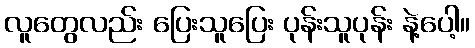
လူတွေလည်း ပြေးသူပြေး ပုန်းသူပုန်း နဲ့ပေါ့။